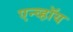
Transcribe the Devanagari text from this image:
एन्व्हॉय